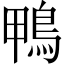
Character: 鴨